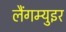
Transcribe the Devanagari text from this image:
लैंगम्युइर